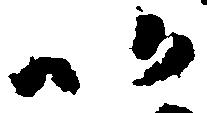
以